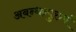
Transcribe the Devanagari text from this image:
अबन्धन्पुरुषं